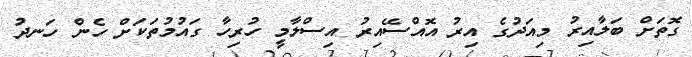
ގޮތަށް ބަލާއިރު މިއަދުގެ އިރު އޮއްސޭއިރު އިސްލާމީ ހުރިހާ ގައުމުތަކަށް ހެން ހަނދު